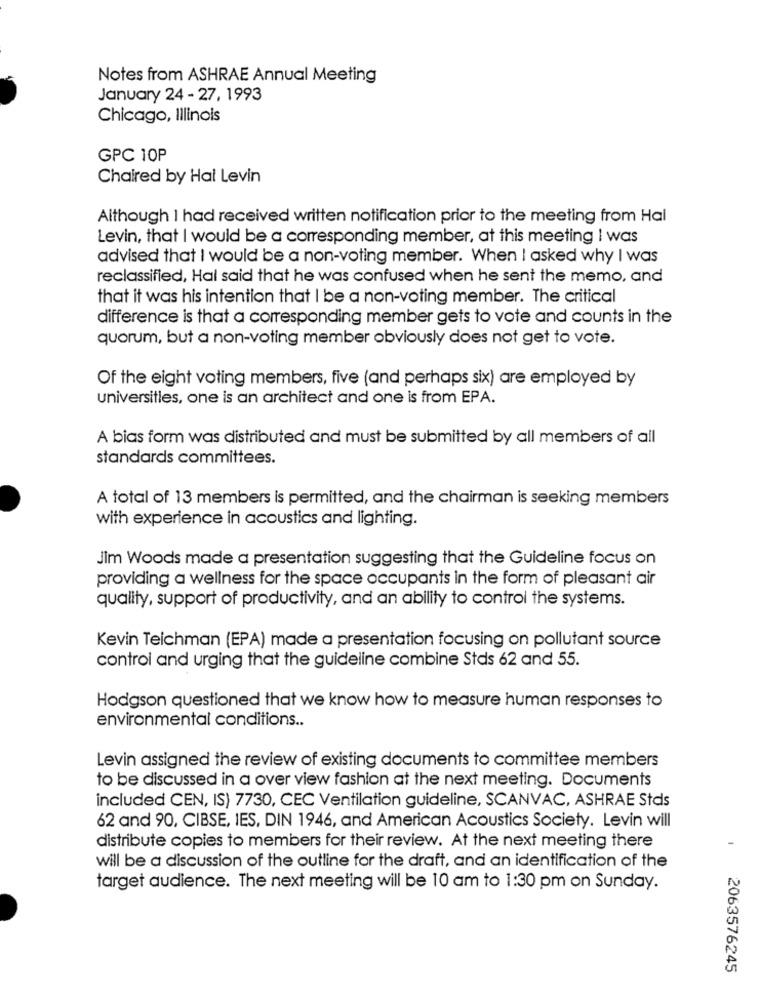
Notes from ASHRAE Annual Meeting
January 24 - 27, 1993
Chicago, Illinois
GPC 10P
Chaired by Hal Levin
Although I had received written notification prior to the meeting from Hal
Levin, that I would be a corresponding member, at this meeting I was
advised that I would be a non-voting member. When I asked why I was
reclassified, Hal said that he was confused when he sent the memo, and
that it was his intention that I be a non-voting member. The critical
difference is that a corresponding member gets to vote and counts in the
quorum, but a non-voting member obviously does not get to vote.
Of the eight voting members, five (and perhaps six) are employed by
universitles, one is an architect and one is from EPA.
A bias form was distributed and must be submitted by all members of all
standards committees.
A total of 13 members is permitted, and the chairman is seeking members
with experience in acoustics and lighting.
Jim Woods made a presentation suggesting that the Guideline focus on
providing a wellness for the space occupants in the form of pleasant air
quality, support of productivity, and an ability to control the systems.
Kevin Teichman (EPA) made a presentation focusing on pollutant source
control and urging that the guideline combine Stds 62 and 55.
Hodgson questioned that we know how to measure human responses to
environmental conditions ..
Levin assigned the review of existing documents to committee members
to be discussed in a over view fashion at the next meeting. Documents
included CEN, IS) 7730, CEC Ventilation guideline, SCANVAC, ASHRAE Stds
62 and 90, CIBSE, IES, DIN 1946, and American Acoustics Society. Levin will
distribute copies to members for their review. At the next meeting there
will be a discussion of the outline for the draft, and an identification of the
target audience. The next meeting will be 10 am to 1:30 pm on Sunday.
2063576245